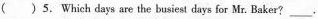
( )5. Which days are the busiest days for Mr. Baker?___.